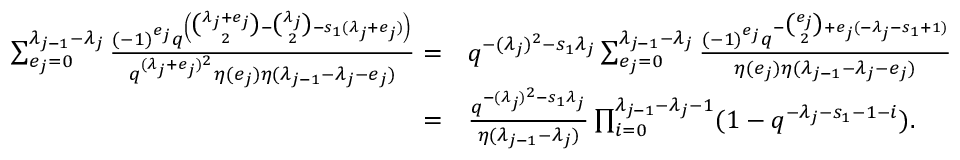
\begin{array} { r l } { \sum _ { e _ { j } = 0 } ^ { \lambda _ { j - 1 } - \lambda _ { j } } \frac { ( - 1 ) ^ { e _ { j } } q ^ { \left( \binom { \lambda _ { j } + e _ { j } } { 2 } - \binom { \lambda _ { j } } { 2 } - s _ { 1 } ( \lambda _ { j } + e _ { j } ) \right) } } { q ^ { ( \lambda _ { j } + e _ { j } ) ^ { 2 } } \eta ( e _ { j } ) \eta ( \lambda _ { j - 1 } - \lambda _ { j } - e _ { j } ) } = } & { q ^ { - { ( \lambda _ { j } ) ^ { 2 } } - s _ { 1 } \lambda _ { j } } \sum _ { e _ { j } = 0 } ^ { \lambda _ { j - 1 } - \lambda _ { j } } \frac { ( - 1 ) ^ { e _ { j } } q ^ { - \binom { e _ { j } } { 2 } + e _ { j } ( - \lambda _ { j } - s _ { 1 } + 1 ) } } { \eta ( e _ { j } ) \eta ( \lambda _ { j - 1 } - \lambda _ { j } - e _ { j } ) } } \\ { = } & { \frac { q ^ { - { ( \lambda _ { j } ) ^ { 2 } } - s _ { 1 } \lambda _ { j } } } { \eta ( \lambda _ { j - 1 } - \lambda _ { j } ) } \prod _ { i = 0 } ^ { \lambda _ { j - 1 } - \lambda _ { j } - 1 } ( 1 - q ^ { - \lambda _ { j } - s _ { 1 } - 1 - i } ) . } \end{array}